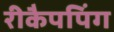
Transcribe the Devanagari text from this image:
रीकैपपिंग